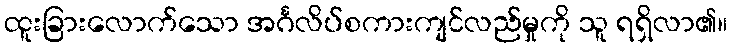
ထူးခြားလောက်သော အင်္ဂလိပ်စကားကျင်လည်မှုကို သူ ရရှိလာ၏။